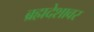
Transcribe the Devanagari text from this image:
ब्रह्मदेशावर